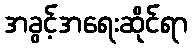
အခွင့်အရေးဆိုင်ရာ